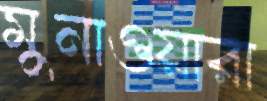
মুনাওয়ারা